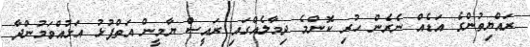
ރައްޔިތުންގެ އަޑެއް ނެރެން ހުރި ކޮންމެ ދިމާލެއްގައި ރައީސް ޔާމީން އަތްޕުޅު އަޅުއްވަމުންދާ